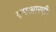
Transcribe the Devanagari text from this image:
एमआरपी।